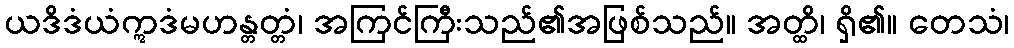
ယဒိဒံယံဣဒံမဟန္တတ္တံ၊ အကြင်ကြီးသည်၏အဖြစ်သည်။ အတ္ထိ၊ ရှိ၏။ တေသံ၊